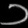
Digit: ၁